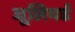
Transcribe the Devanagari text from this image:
जूलियर्ड